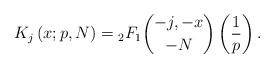
LaTeX: \begin{align*}K_{j}\left(x;p,N\right)={}_{2}F_{1}\binom{-j,-x}{-N}\left(\frac{1}{p}\right).\end{align*}